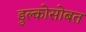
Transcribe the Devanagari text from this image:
डुल्कोसोबत